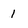
Character: 1